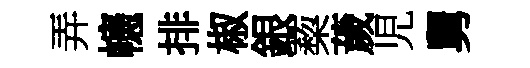
弄幰排椒銀蔾薉児舅